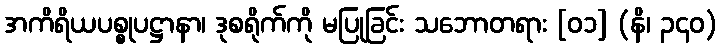
အကိရိယပစ္စုပဋ္ဌာနာ၊ ဒုစရိုက်ကို မပြုခြင်း သဘောတရား [၀၁] (နိ၊ ၃၄၀)